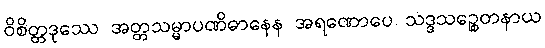
ဝိစိတ္တဒုဿေ အတ္တသမ္မာပဏိဓာနေန အရဏောပေ သဒ္ဒသဉ္စေတနာယ